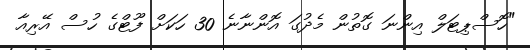
"ހޮސްޕިޓަލް އިންނަ ގޮތުން މެދުގަ އޮންނާނެ 30 ހަކަށް ފޫޓްގެ ހުސް އޭރިއާ